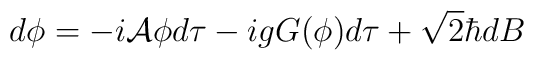
d\phi = -i{\cal A}\phi d\tau -i gG(\phi)d\tau +\sqrt{2}\hbar dB